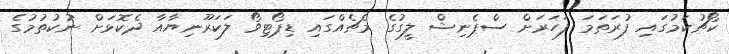
ކޯޗުކަމުގައި ފުރަތަމަ ފަހަރަށް ސްޕެނިޝް ލީގުގެ މެޗެއްގައި ޑިޕޯޓިވޯ ލަކަރޫނިޔާއާ ދެކޮޅަށް ނުކުތުމުގެ